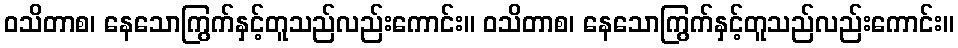
ဝသိတာစ၊ နေသောကြွက်နှင့်တူသည်လည်းကောင်း။ ဝသိတာစ၊ နေသောကြွက်နှင့်တူသည်လည်းကောင်း။